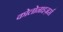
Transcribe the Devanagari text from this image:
कोलोनाइज़र्स